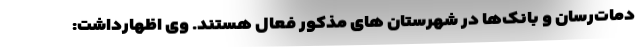
دمات‌رسان و بانک‌ها در شهرستان های مذکور فعال هستند. وی اظهارداشت: